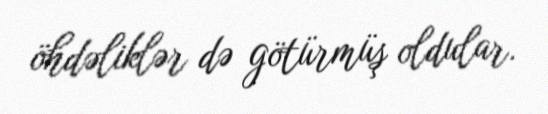
öhdəliklər də götürmüş oldular.